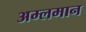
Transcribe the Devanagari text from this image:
अम्लमान